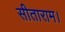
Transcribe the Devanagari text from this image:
सीताराम।